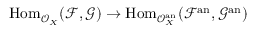
{ \mathrm { H o m } } _ { { \mathcal { O } } _ { X } } ( { \mathcal { F } } , { \mathcal { G } } ) \rightarrow { \mathrm { H o m } } _ { { \mathcal { O } } _ { X } ^ { \mathrm { a n } } } ( { \mathcal { F } } ^ { \mathrm { a n } } , { \mathcal { G } } ^ { \mathrm { a n } } )